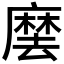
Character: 𭙽